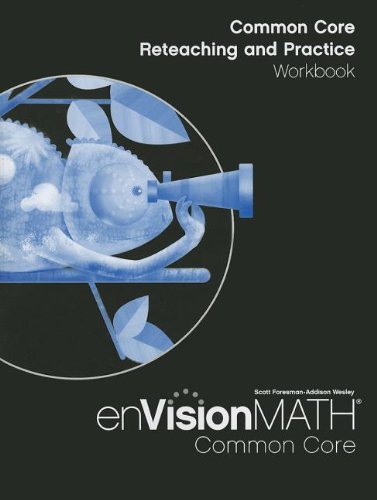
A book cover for MATH 2012 COMMON CORE RETEACHING AND PRACTICE WORKBOOK GRADE 4; Scott Foresman; Education & Teaching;